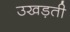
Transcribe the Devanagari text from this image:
उखड़ती